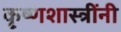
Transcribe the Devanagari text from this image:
कृ्ष्णशास्त्रींनी